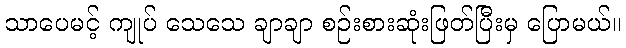
သာပေမင့် ကျုပ် သေသေ ချာချာ စဉ်းစားဆုံးဖြတ်ပြီးမှ ပြောမယ်။